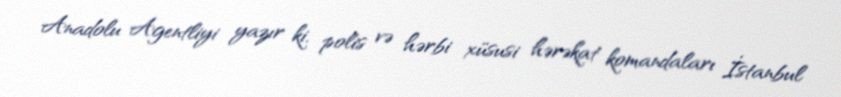
Anadolu Agentliyi yazır ki, polis və hərbi xüsusi hərəkat komandaları İstanbul